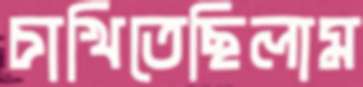
চাখিতেছিলাম